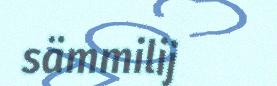
sämmilij